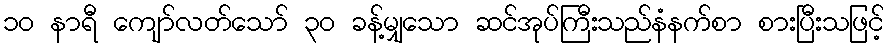
၁၀ နာရီ ကျော်လတ်သော် ၃၀ ခန့်မျှသော ဆင်အုပ်ကြီးသည်နံနက်စာ စားပြီးသဖြင့်